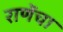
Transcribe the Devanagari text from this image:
राणेंचा